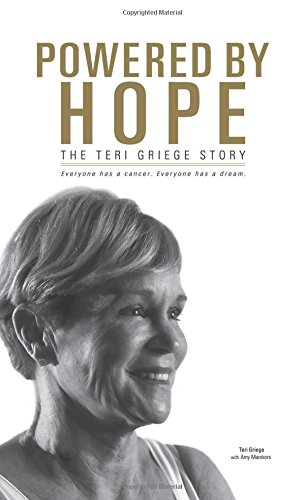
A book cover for Powered By Hope: The Teri Griege Story; Teri Griege; Health, Fitness & Dieting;